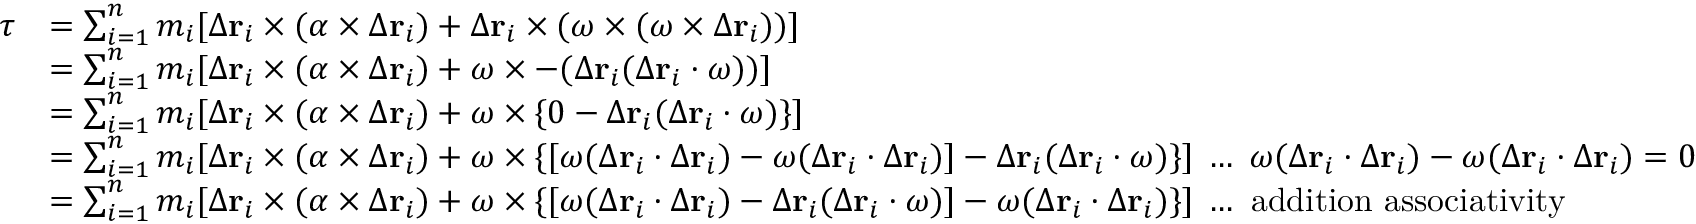
{ \begin{array} { r l } { { \boldsymbol { \tau } } } & { = \sum _ { i = 1 } ^ { n } m _ { i } [ \Delta \mathbf { r } _ { i } \times ( { \boldsymbol { \alpha } } \times \Delta \mathbf { r } _ { i } ) + \Delta \mathbf { r } _ { i } \times ( { \boldsymbol { \omega } } \times ( { \boldsymbol { \omega } } \times \Delta \mathbf { r } _ { i } ) ) ] } \\ & { = \sum _ { i = 1 } ^ { n } m _ { i } [ \Delta \mathbf { r } _ { i } \times ( { \boldsymbol { \alpha } } \times \Delta \mathbf { r } _ { i } ) + { \boldsymbol { \omega } } \times - ( \Delta \mathbf { r } _ { i } ( \Delta \mathbf { r } _ { i } \cdot { \boldsymbol { \omega } } ) ) ] } \\ & { = \sum _ { i = 1 } ^ { n } m _ { i } [ \Delta \mathbf { r } _ { i } \times ( { \boldsymbol { \alpha } } \times \Delta \mathbf { r } _ { i } ) + { \boldsymbol { \omega } } \times \{ 0 - \Delta \mathbf { r } _ { i } ( \Delta \mathbf { r } _ { i } \cdot { \boldsymbol { \omega } } ) \} ] } \\ & { = \sum _ { i = 1 } ^ { n } m _ { i } [ \Delta \mathbf { r } _ { i } \times ( { \boldsymbol { \alpha } } \times \Delta \mathbf { r } _ { i } ) + { \boldsymbol { \omega } } \times \{ [ { \boldsymbol { \omega } } ( \Delta \mathbf { r } _ { i } \cdot \Delta \mathbf { r } _ { i } ) - { \boldsymbol { \omega } } ( \Delta \mathbf { r } _ { i } \cdot \Delta \mathbf { r } _ { i } ) ] - \Delta \mathbf { r } _ { i } ( \Delta \mathbf { r } _ { i } \cdot { \boldsymbol { \omega } } ) \} ] \; \ldots \; { \boldsymbol { \omega } } ( \Delta \mathbf { r } _ { i } \cdot \Delta \mathbf { r } _ { i } ) - { \boldsymbol { \omega } } ( \Delta \mathbf { r } _ { i } \cdot \Delta \mathbf { r } _ { i } ) = 0 } \\ & { = \sum _ { i = 1 } ^ { n } m _ { i } [ \Delta \mathbf { r } _ { i } \times ( { \boldsymbol { \alpha } } \times \Delta \mathbf { r } _ { i } ) + { \boldsymbol { \omega } } \times \{ [ { \boldsymbol { \omega } } ( \Delta \mathbf { r } _ { i } \cdot \Delta \mathbf { r } _ { i } ) - \Delta \mathbf { r } _ { i } ( \Delta \mathbf { r } _ { i } \cdot { \boldsymbol { \omega } } ) ] - { \boldsymbol { \omega } } ( \Delta \mathbf { r } _ { i } \cdot \Delta \mathbf { r } _ { i } ) \} ] \; \ldots { \mathrm { ~ a d d i t i o n ~ a s s o c i a t i v i t y } } } \end{array} }